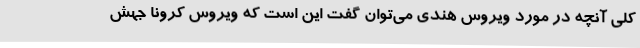
کلی آنچه در مورد ویروس هندی می‌توان گفت این است که ویروس کرونا جهش